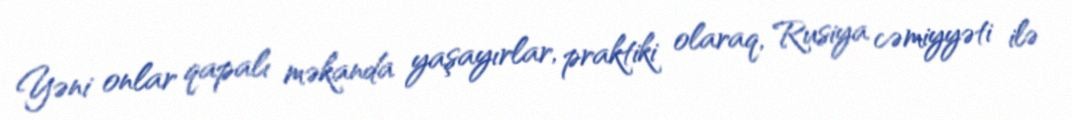
Yəni onlar qapalı məkanda yaşayırlar, praktiki olaraq, Rusiya cəmiyyəti ilə